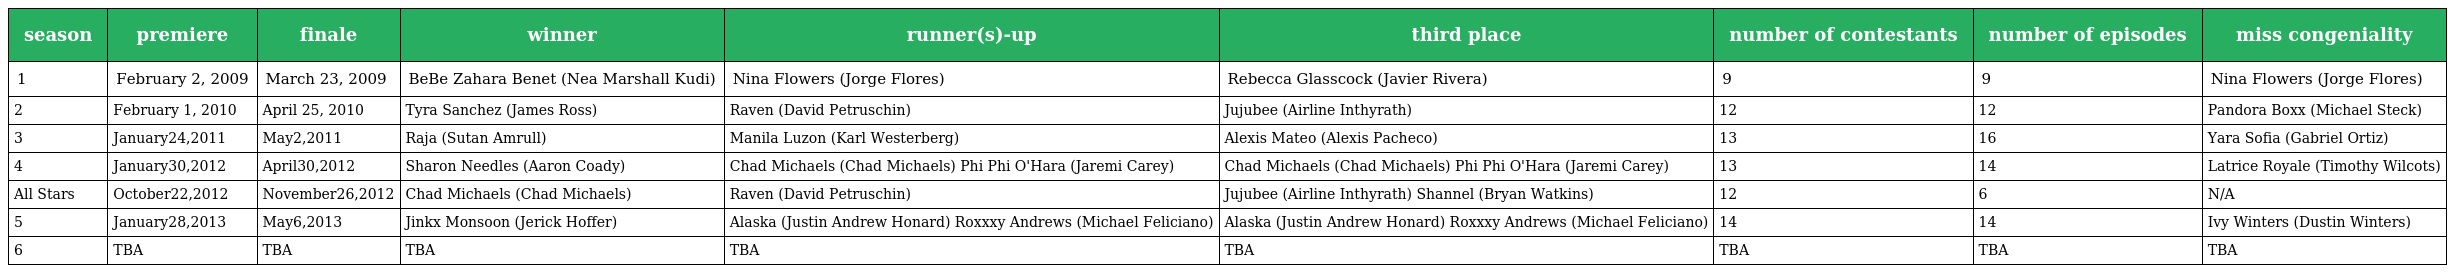
| season | premiere | finale | winner | runner(s)-up | third place | number of contestants | number of episodes | miss congeniality |
 | --- | --- | --- | --- | --- | --- | --- | --- | --- |
 | 1 | February 2, 2009 | March 23, 2009 | BeBe Zahara Benet (Nea Marshall Kudi) | Nina Flowers (Jorge Flores) | Rebecca Glasscock (Javier Rivera) | 9 | 9 | Nina Flowers (Jorge Flores) |
 | 2 | February 1, 2010 | April 25, 2010 | Tyra Sanchez (James Ross) | Raven (David Petruschin) | Jujubee (Airline Inthyrath) | 12 | 12 | Pandora Boxx (Michael Steck) |
 | 3 | January24,2011 | May2,2011 | Raja (Sutan Amrull) | Manila Luzon (Karl Westerberg) | Alexis Mateo (Alexis Pacheco) | 13 | 16 | Yara Sofia (Gabriel Ortiz) |
 | 4 | January30,2012 | April30,2012 | Sharon Needles (Aaron Coady) | Chad Michaels (Chad Michaels) Phi Phi O'Hara (Jaremi Carey) | Chad Michaels (Chad Michaels) Phi Phi O'Hara (Jaremi Carey) | 13 | 14 | Latrice Royale (Timothy Wilcots) |
 | All Stars | October22,2012 | November26,2012 | Chad Michaels (Chad Michaels) | Raven (David Petruschin) | Jujubee (Airline Inthyrath) Shannel (Bryan Watkins) | 12 | 6 | N/A |
 | 5 | January28,2013 | May6,2013 | Jinkx Monsoon (Jerick Hoffer) | Alaska (Justin Andrew Honard) Roxxxy Andrews (Michael Feliciano) | Alaska (Justin Andrew Honard) Roxxxy Andrews (Michael Feliciano) | 14 | 14 | Ivy Winters (Dustin Winters) |
 | 6 | TBA | TBA | TBA | TBA | TBA | TBA | TBA | TBA |